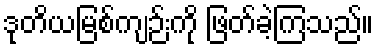
ဒုတိယမြစ်ကျဉ်းကို ဖြတ်ခဲ့ကြသည်။